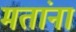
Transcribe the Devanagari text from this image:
मतांना